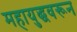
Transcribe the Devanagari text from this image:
महायुद्धवरून